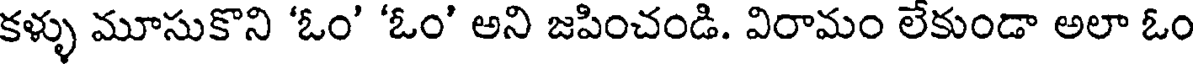
కళ్ళు మూసుకొని 'ఓం' 'ఓం' అని జపించండి. విరామం లేకుండా అలా ఓం